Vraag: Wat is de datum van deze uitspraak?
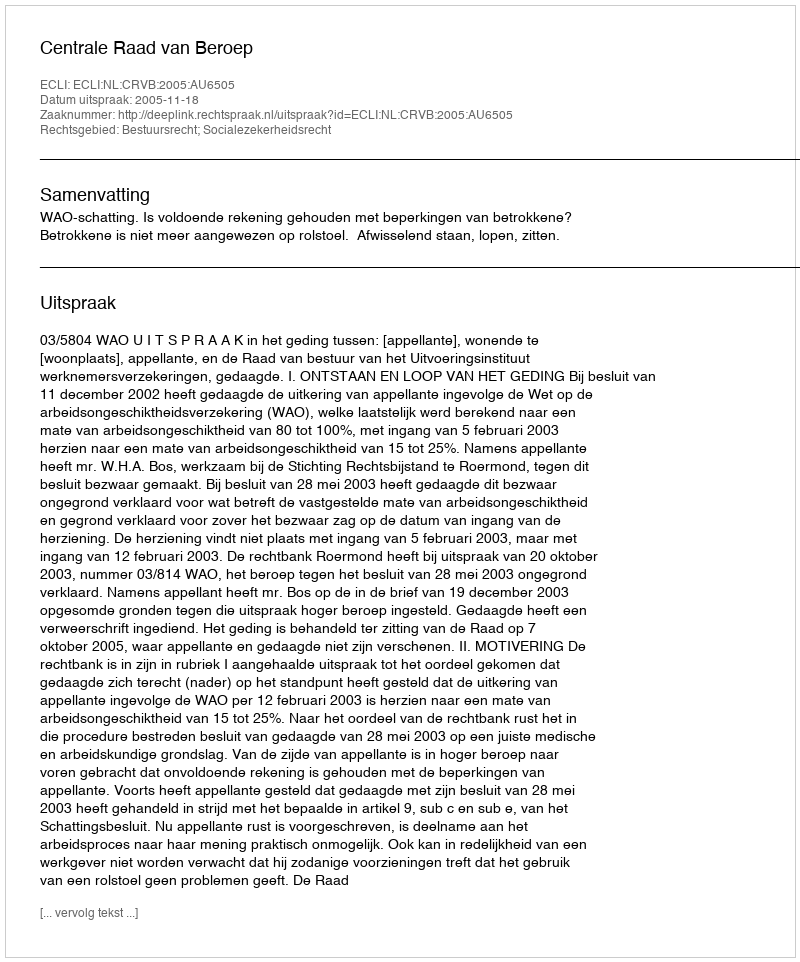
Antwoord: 2005-11-18